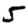
Digit: 5